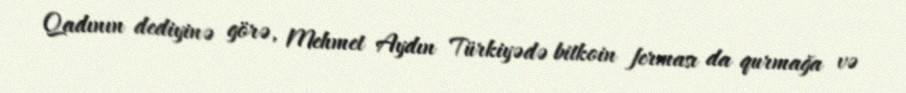
Qadının dediyinə görə, Mehmet Aydın Türkiyədə bitkoin ferması da qurmağa və